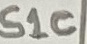
Text: S1C